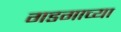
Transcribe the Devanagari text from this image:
गडगाच्या